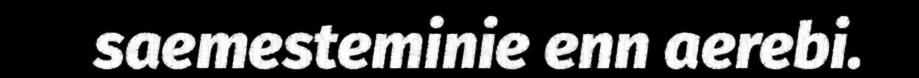
saemesteminie enn aerebi.